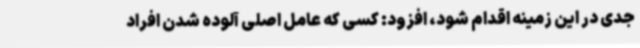
جدی در این زمینه اقدام شود، افزود: کسی که عامل اصلی آلوده شدن افراد